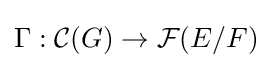
\Gamma :{\mathcal {C}}(G)\rightarrow {\mathcal {F}}(E/F)